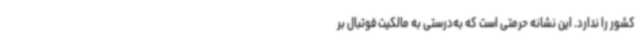
کشور را ندارد. این نشانه حرمتی است که به‌درستی به مالکیت فوتبال بر